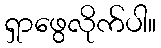
ရှာဖွေလိုက်ပါ။